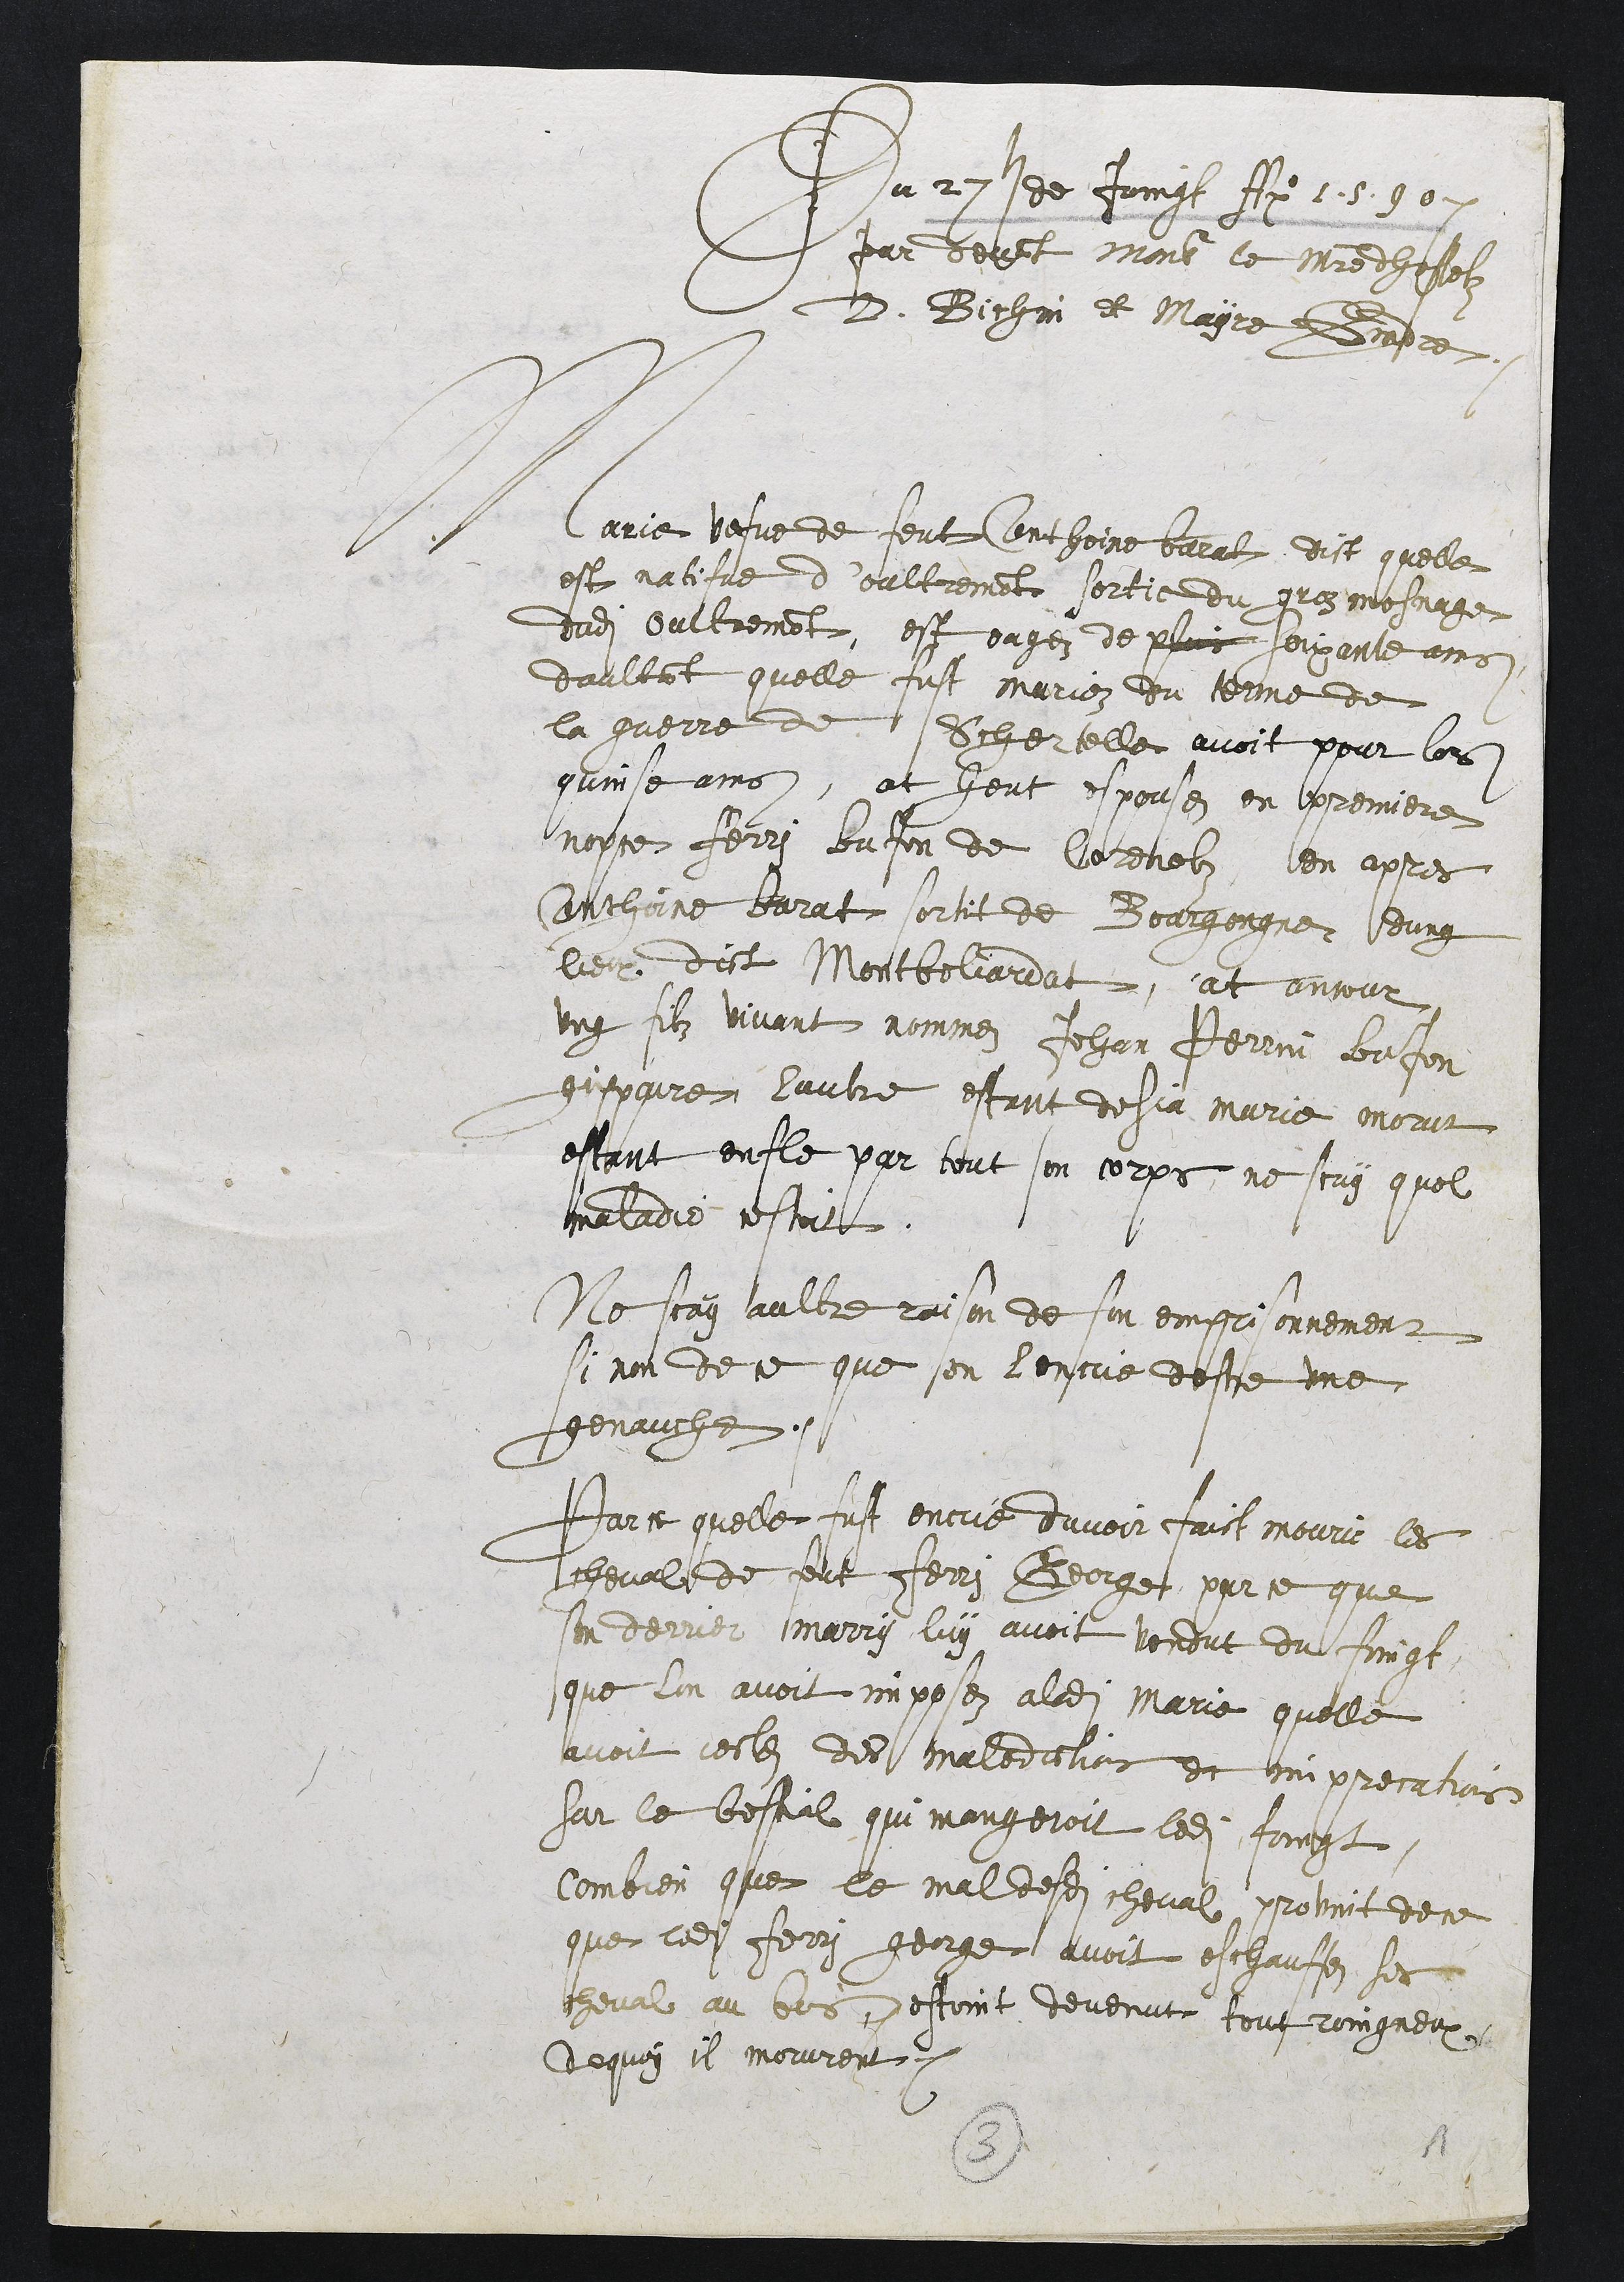
Du 22s de Joinl Ai 2. 307
par devit monse le Maistre dhpolz
D. Bichin et Mayre Bendre.
MCarrie vesve de feut Anthoine baralx dict quelle
est natifve d’oultrement sortie du gres mosnage
dudit Oultremont, est eagez de plus soixante ains
daultant quelle fust marioz du tenne de
la guerre de Schertelle avoit pour lors
quinse ains, et heut espousez en premiere
nopse Ferri bnfon de Corenobz, len apres
Anthine barat sortit de Bourgongner leung
lieur dict Montbeliardat at anjour
ung filz vivant nommez Jehan Perrin Bafon
gispoure lautre estant desja marie morur
estant entle par tout son corps, ne scay quel
maladie estoit
Noscay aultre raison de son emprionnement
si non de ce que sen tencue deste une
genauche.
Parce quelle fust encue davoir faict meuri les
cheval de feut Ferri George, par ce quie
sen derrier marry luy avoit vondut du fingt,
que lui avoit imposez a ladite Marie quelle
avoit lestzs des malediclions et tom precatiois
sur le bestial qui mangeroit ledit foingt.
Combien que le mal desdits cheval provint de ce
que ledit Ferry gearge avoit eschautfes ses
cheval au bos pestoint devenut toutroingneux
de quoy il mouurent.